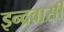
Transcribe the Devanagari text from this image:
इन्द्रवासी